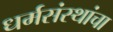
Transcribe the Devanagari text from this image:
धर्मसंस्थांचा